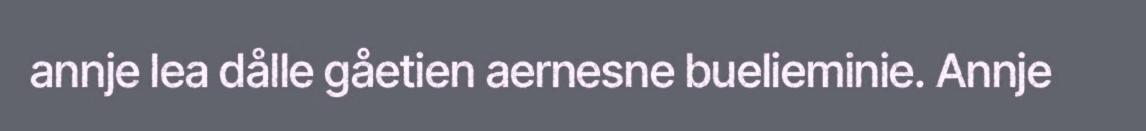
annje lea dålle gåetien aernesne buelieminie. Annje